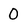
Character: O